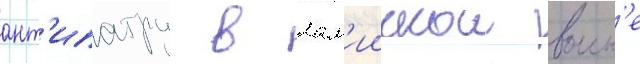
ант'ипатру в лам'иискои воин'е